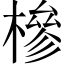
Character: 槮